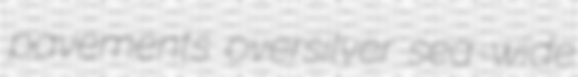
pavements oversilver sea-wide